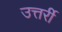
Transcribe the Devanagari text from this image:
उत्तर्री